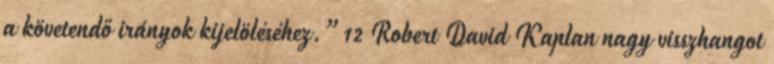
a követendő irányok kijelöléséhez.”12 Robert David Kaplan nagy visszhangot